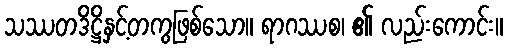
သဿတဒိဋ္ဌိနှင့်တကွဖြစ်သော။ ရာဂဿစ၊ ၏ လည်းကောင်း။